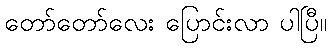
တော်တော်လေး ပြောင်းလာ ပါပြီ။